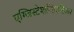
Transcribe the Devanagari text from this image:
एग्जिस्टेशन्शिएलिज़्म